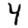
Digit: 4